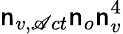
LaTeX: \mathsf{n}_{v,\mathscr{A}ct}\mathsf{n}_{o}\mathsf{n}_{v}^{4}